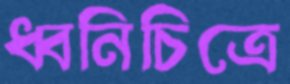
ধ্বনিচিত্রে